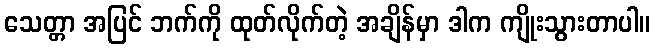
သေတ္တာ အပြင် ဘက်ကို ထုတ်လိုက်တဲ့ အချိန်မှာ ဒါက ကျိုးသွားတာပါ။